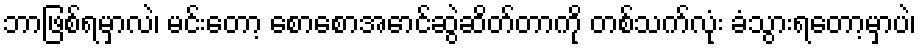
ဘာဖြစ်ရမှာလဲ၊ မင်းတော့ စောစောအောင်ဆွဲဆိတ်တာကို တစ်သက်လုံး ခံသွားရတော့မှာပဲ၊